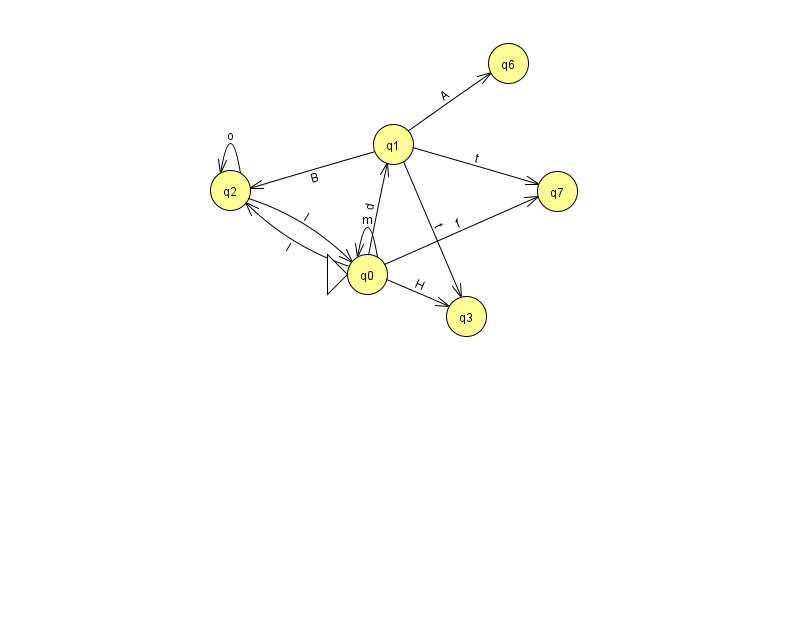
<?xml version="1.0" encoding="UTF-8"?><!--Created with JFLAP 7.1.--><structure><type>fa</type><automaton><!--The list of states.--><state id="0" name="q0"><x>367.0</x><y>261.0</y><initial/></state><state id="1" name="q1"><x>393.0</x><y>131.0</y></state><state id="2" name="q2"><x>230.0</x><y>177.0</y></state><state id="3" name="q3"><x>466.0</x><y>303.0</y></state><state id="6" name="q6"><x>508.0</x><y>50.0</y></state><state id="7" name="q7"><x>557.0</x><y>178.0</y></state><!--The list of transitions.--><transition><from>1</from><to>6</to><read>A</read></transition><transition><from>0</from><to>3</to><read>H</read></transition><transition><from>1</from><to>2</to><read>B</read></transition><transition><from>1</from><to>7</to><read>t</read></transition><transition><from>0</from><to>2</to><read>l</read></transition><transition><from>2</from><to>0</to><read>l</read></transition><transition><from>1</from><to>3</to><read>t</read></transition><transition><from>0</from><to>7</to><read>f</read></transition><transition><from>0</from><to>0</to><read>m</read></transition><transition><from>0</from><to>1</to><read>d</read></transition><transition><from>2</from><to>2</to><read>o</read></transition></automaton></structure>